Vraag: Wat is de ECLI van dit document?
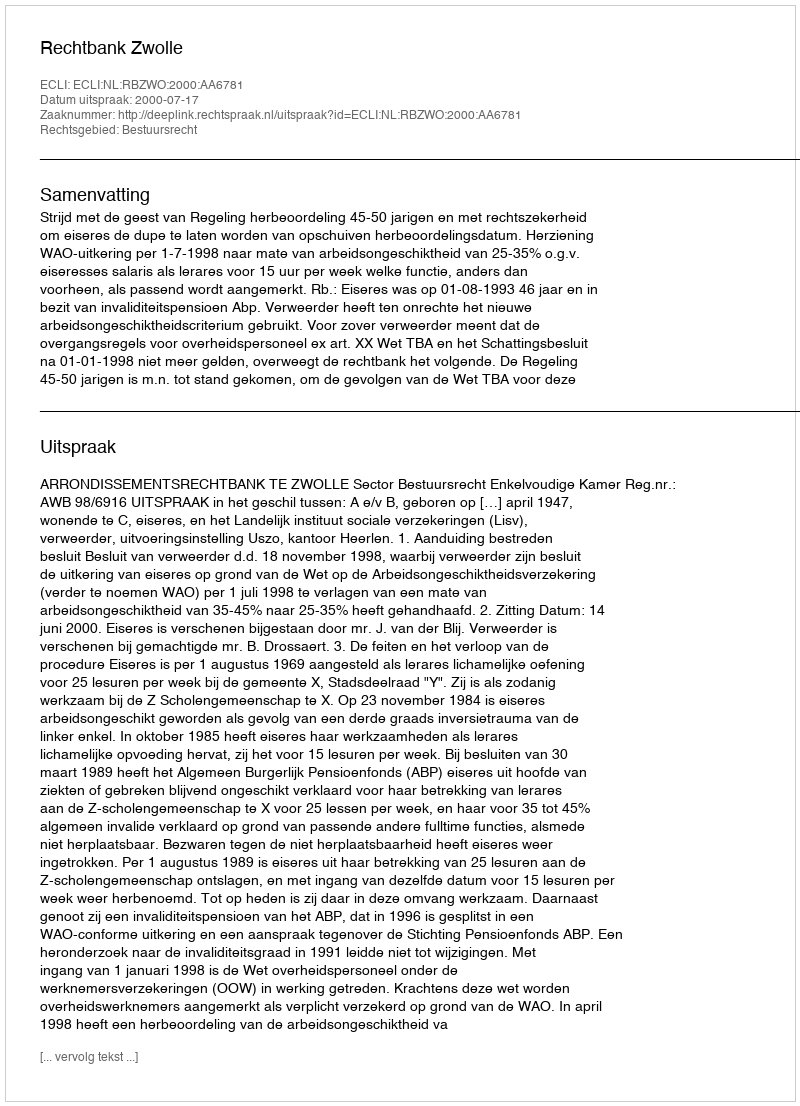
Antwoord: ECLI:NL:RBZWO:2000:AA6781